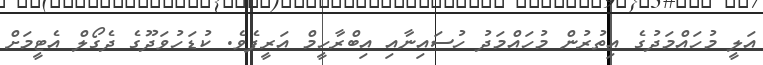
އަލީ މުހައްމަދުގެ އިތުރުން މުހައްމަދު ހުސައިނާއި އިބްރާހީމް އަރީފެވެ. ކުޑަހުވަދޫގެ ދެގޯލް އެޓީމަށް